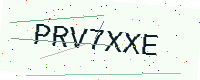
Text: PRV7XXE